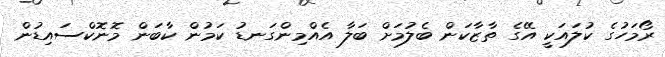
ރޯމަހުގެ ކުލައަކީ އޭގެ ތާޒާކަން ބެލުމަށް ބަލާ އެއްމިންގަނޑު ކަމުން ކާބަން މޮނޮކްސައިޑުން